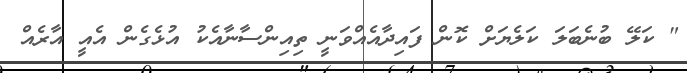
" ކަލޭ ބުނެބަލަ ކަލެޔަށް ކޮން ފައިދާއެއްވަނީ ތިއިންސާނާއެކު އުޅެގެން އެއީ އާރެއް